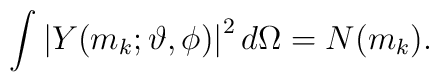
\int \left| Y(m_{k};\vartheta ,\phi )\right| ^{2}d\Omega =N(m_{k}).